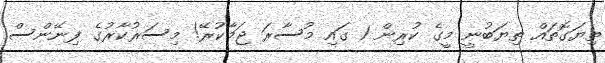
ތިޔަގޮތައް ތިޔަބުނީ މީގެ ކުރިން 1 ގައި މުސާރަ ޖަމާކުރޭ! މިސަރުކާރުގެ ފިނޭންސް